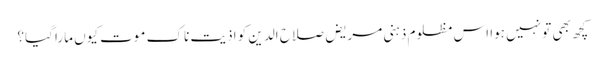
کچھ بھی تو نہیں ہوا اس مظلوم ذہنی مریض صلاح الدین کو اذیت ناک موت کیوں مارا گیا؟